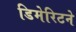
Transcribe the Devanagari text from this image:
डिमेरिटने